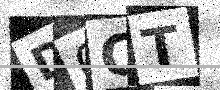
Text: D0CT